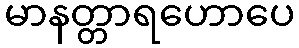
မာနတ္တာရဟောပေ